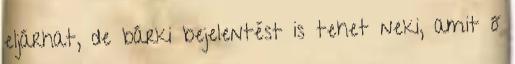
eljárhat, de bárki bejelentést is tehet neki, amit ő